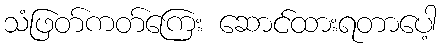
သံဖြတ်ကတ်ကြေး ဆောင်ထားရတာပေါ့